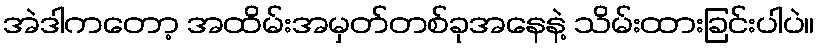
အဲဒါကတော့ အထိမ်းအမှတ်တစ်ခုအနေနဲ့ သိမ်းထားခြင်းပါပဲ။